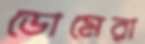
ডোমেরা